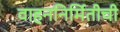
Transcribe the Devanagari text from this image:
वाहननिर्मितीची